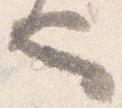
也